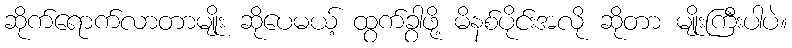
ဆိုက်ရောက်လာတာမျိုး ဆိုပေမယ့် ထွက်ခွာဖို့ မိနစ်ပိုင်းအလို ဆိုတာ မျိုးကြီးပါပဲ။